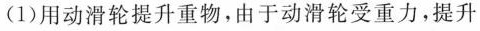
(1)用动滑轮提升重物，由于动滑轮受重力，提升